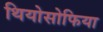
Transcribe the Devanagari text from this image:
थियोसोफिया